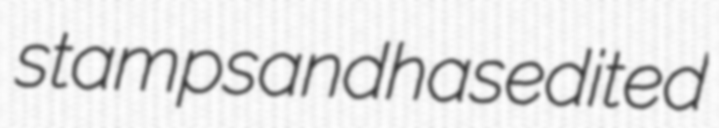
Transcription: stamps and has edited